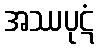
အဿပုဋံ